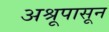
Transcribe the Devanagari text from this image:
अश्रूपासून